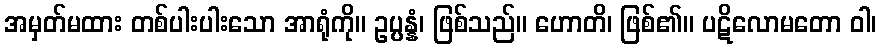
အမှတ်မထား တစ်ပါးပါးသော အာရုံကို။ ဥပ္ပန္နံ၊ ဖြစ်သည်။ ဟောတိ၊ ဖြစ်၏။ ပဋိလောမတော ဝါ၊